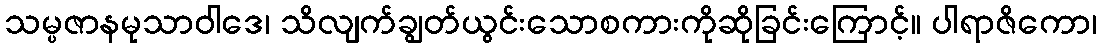
သမ္ပဇာနမုသာဝါဒေ၊ သိလျက်ချွတ်ယွင်းသောစကားကိုဆိုခြင်းကြောင့်။ ပါရာဇိကော၊